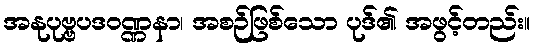
အနုပုဗ္ဗပဒဝဏ္ဏနာ၊ အစဉ်ဖြစ်သော ပုဒ်၏ အဖွင့်တည်း။